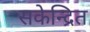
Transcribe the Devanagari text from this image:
सकेन्द्रित